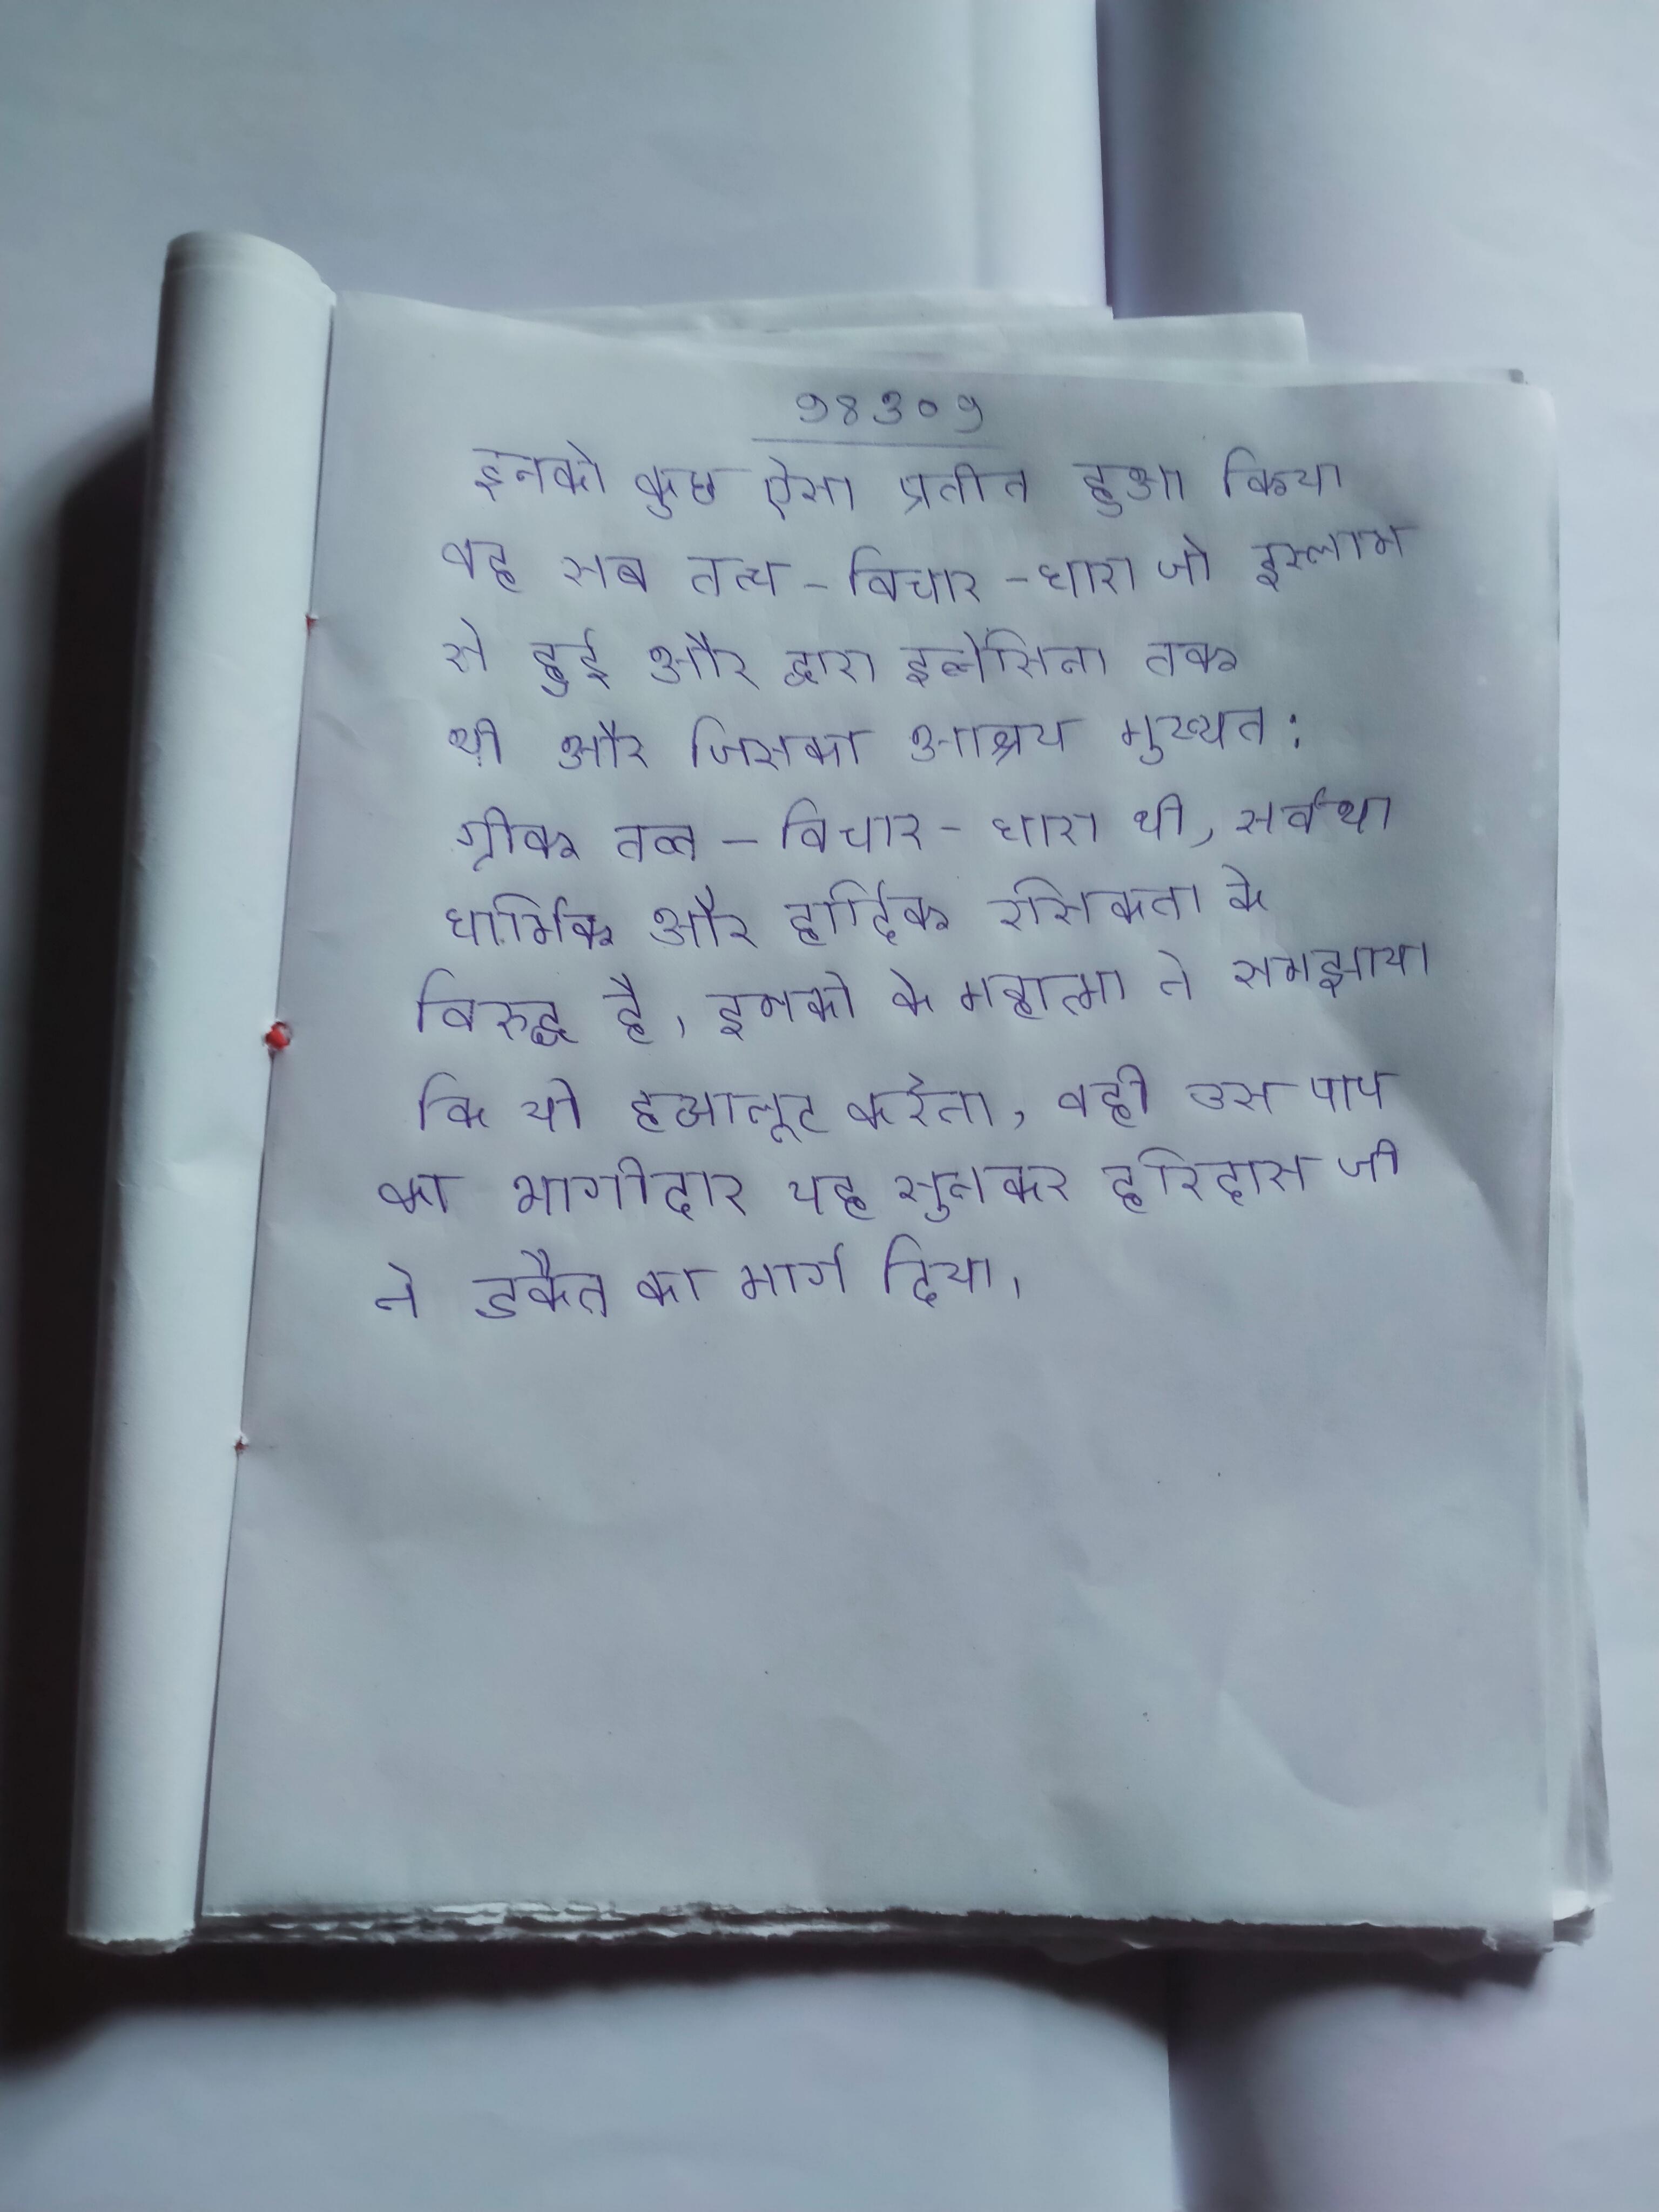
इनको कुछ ऐसा प्रतीत हुआ कि वह सब तत्च-विचार-धारा जो इस्लाम से हुई और द्वारा इब्नेसिना तक थी और जिसका आश्रय मुख्यत: ग्रीक तत्व-विचार-धारा थी, सर्वथा धार्मिक और हार्दिक रसिकता के विरुद्ध है । इनको के महात्मा ने समझाया कि जो हत्यालूट करेगा, वही उस पाप का भागीदार यह सुनकर हरिदास जी ने डकैत का मार्ग दिया ।